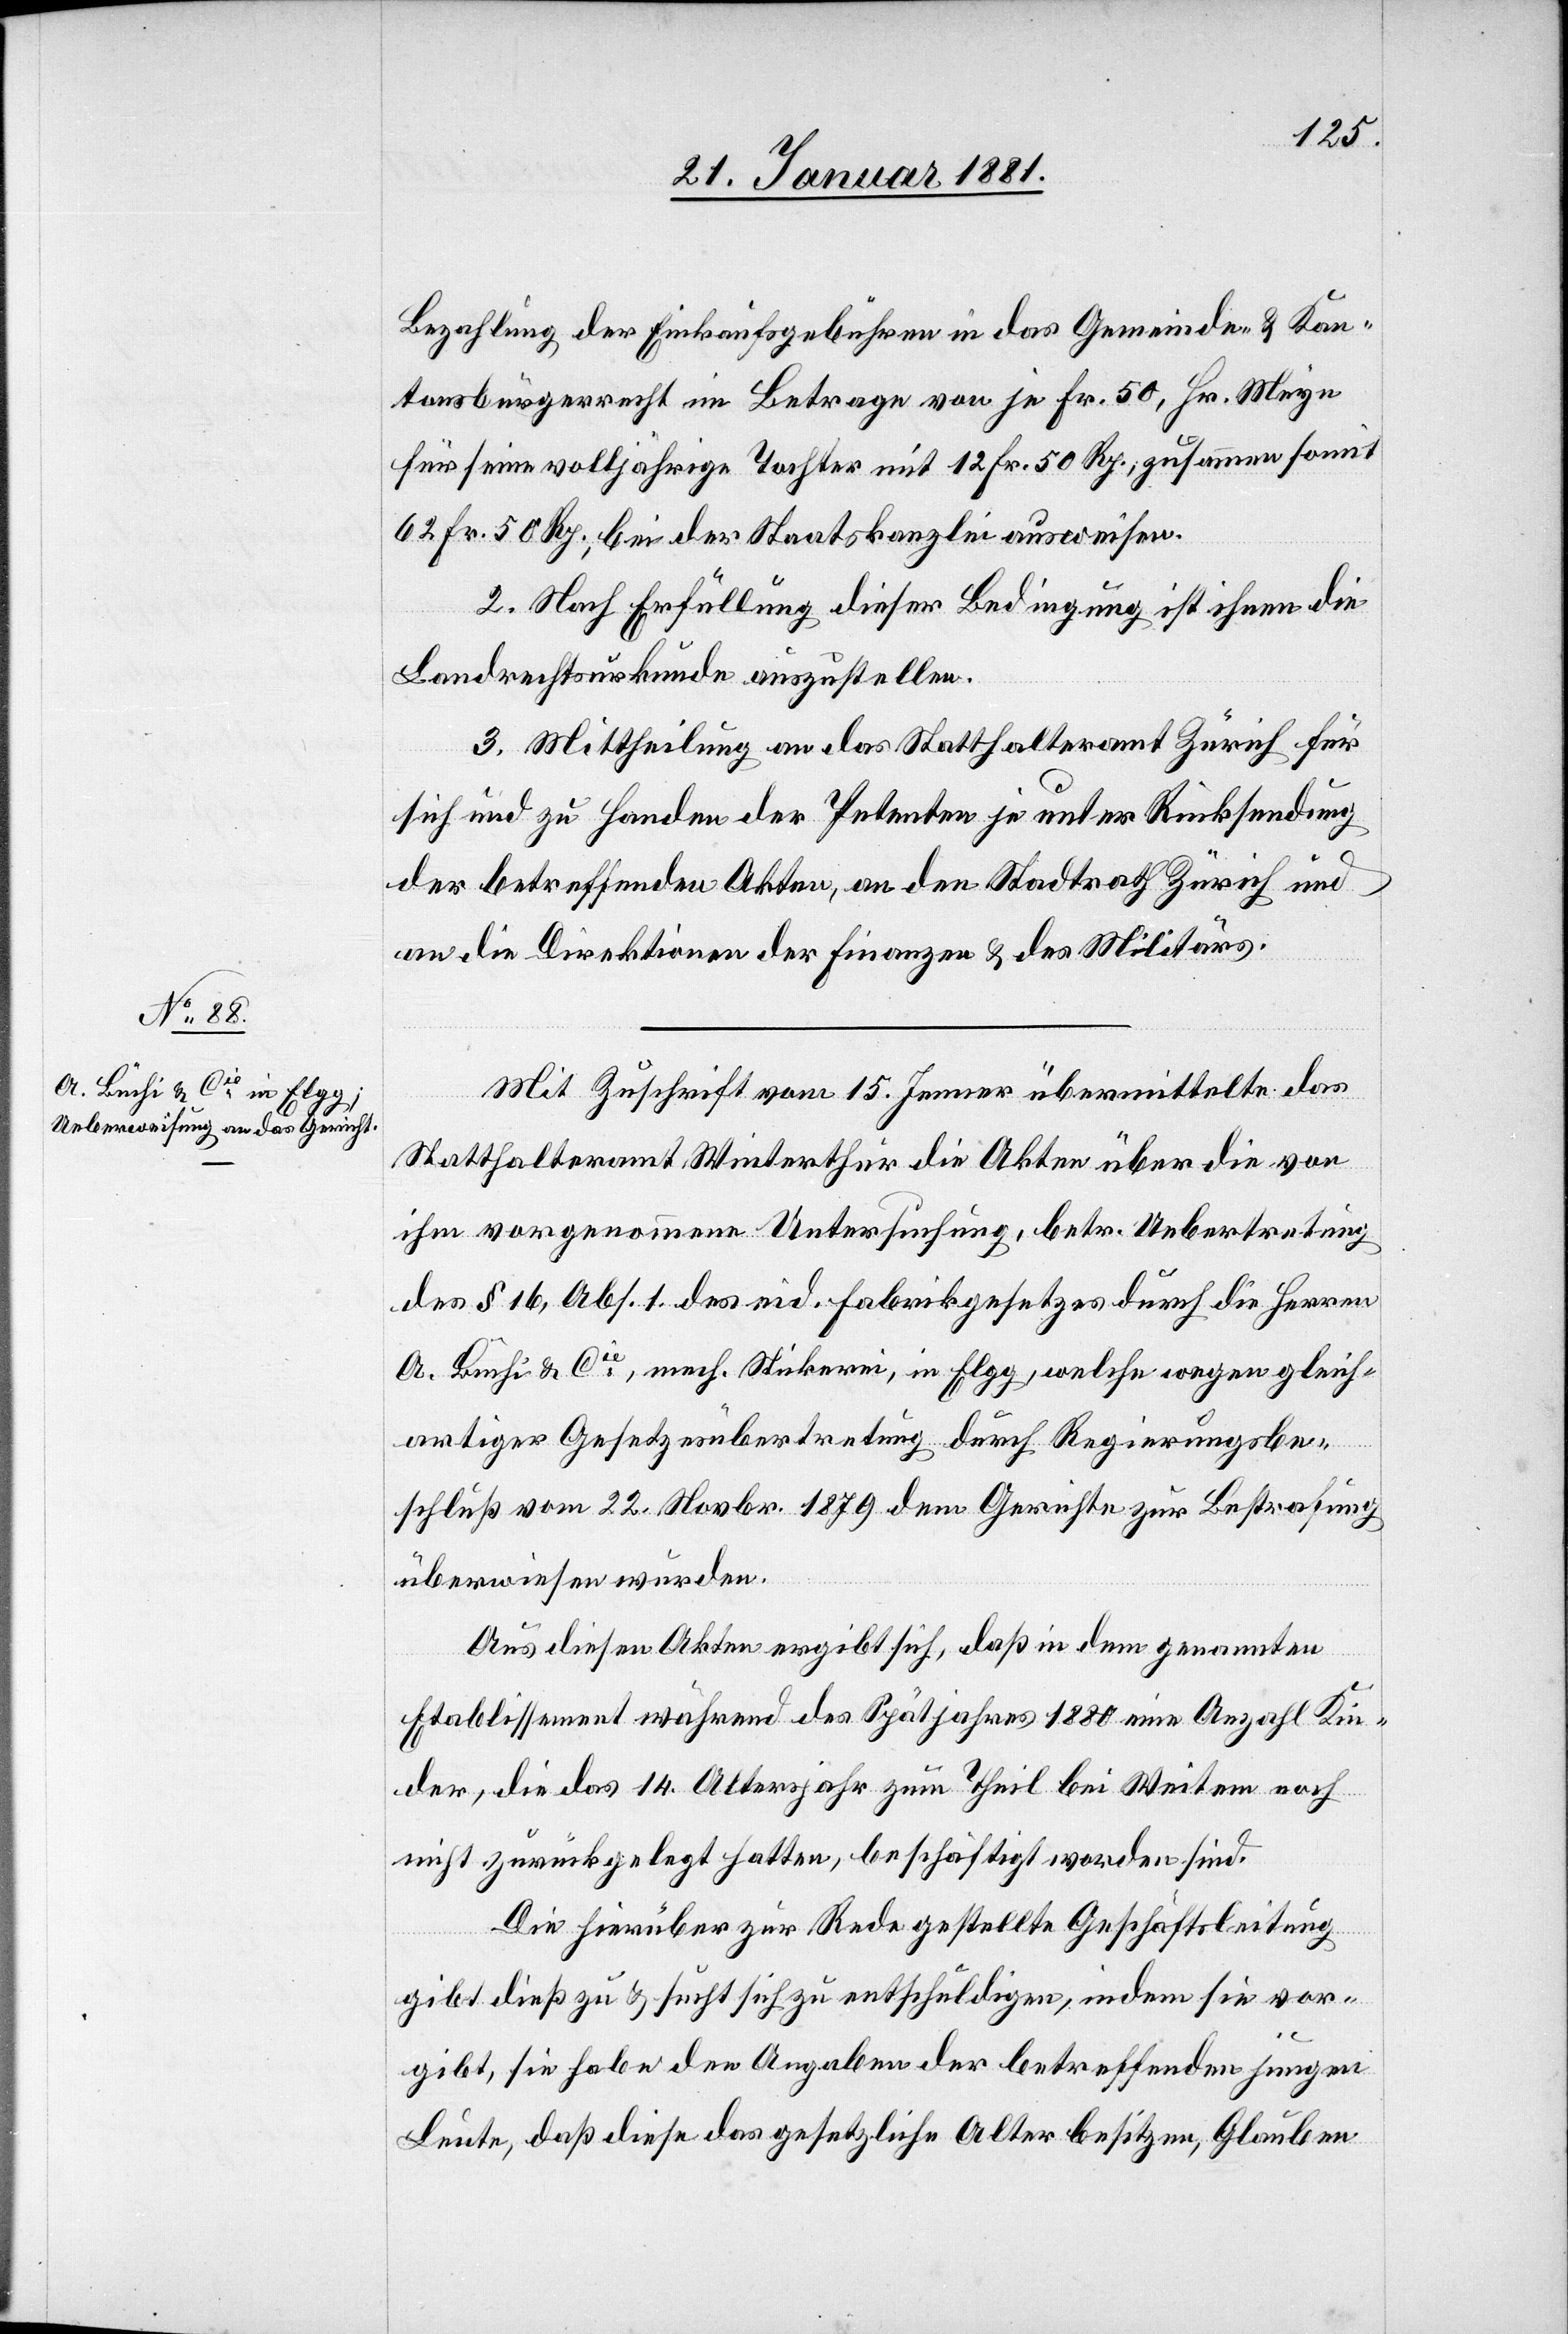
Bezahlung der Einkaufsgebühren in das Gemeinde- & Kan¬
tonsbürgerrecht im Betrage von je Fr. 50, Hr. Meyn
für seine volljährige Tochter mit 12 Fr. 50 Rp., zusammen somit
62 Fr. 50. Rp., bei der Staatskanzlei ausweisen.
2. Nach Erfüllung dieser Bedingung ist ihnen die
Landrechtsurkunde auszustellen.
3. Mittheilung an das Statthalteramt Zürich für
sich und zu Handen der Petenten je unter Rücksendung
der betreffenden Akten, an den Stadtrath Zürich und
an die Direktionen der Finanzen & des Militärs.
Mit Zuschrift vom 15. Jenner übermittelte das
Statthalteramt Winterthur die Akten über die von
ihm vorgenommene Untersuchung, betr. Uebertretung
des § 16, Abs. 1 des eid. Fabrikgesetzes durch die Herren
A. Büchi & Cie, mech. Stickerei, in Elgg, welche wegen gleich¬
artiger Gesetzesübertretung durch Regierungsbe¬
schluß vom 22. Novbr. 1879 dem Gerichte zur Bestrafung
überwiesen wurden.
Aus diesen Akten ergibt sich, daß in dem genannten
Etablissement während des Spätjahres 1880 eine Anzahl Kin¬
der, die das 14. Altersjahr zum Theil bei Weitem noch
nicht zurückgelegt hatten, beschäftigt worden sind.
Die hierüber zur Rede gestellte Geschäftsleitung
gibt dieß zu & sucht sich zu entschuldigen, indem sie vor¬
gibt, sie habe den Angaben der betreffenden jungen
Leute, daß diese das gesetzliche Alter besitzen, Glauben